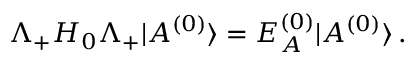
\Lambda _ { + } H _ { 0 } \Lambda _ { + } | A ^ { ( 0 ) } \rangle = E _ { A } ^ { ( 0 ) } | A ^ { ( 0 ) } \rangle \, .